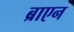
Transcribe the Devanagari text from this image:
ब्राएन